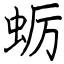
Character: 蛎